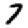
Digit: 7